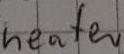
Text: heater